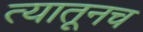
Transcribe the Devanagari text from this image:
त्‍यातूनच